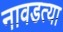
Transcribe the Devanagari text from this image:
नावडत्या